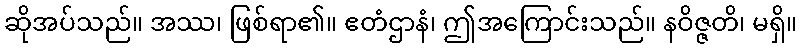
ဆိုအပ်သည်။ အဿ၊ ဖြစ်ရာ၏။ ဧတံဌာနံ၊ ဤအကြောင်းသည်။ နဝိဇ္ဇတိ၊ မရှိ။